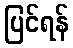
ပြင်ရန်